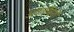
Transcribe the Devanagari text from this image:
अवलंबियों